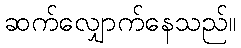
ဆက်လျှောက်နေသည်။